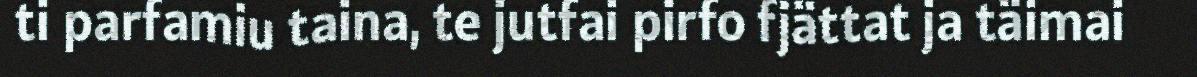
ti parfamiu taina, te jutfai pirfo fjättat ja täimai